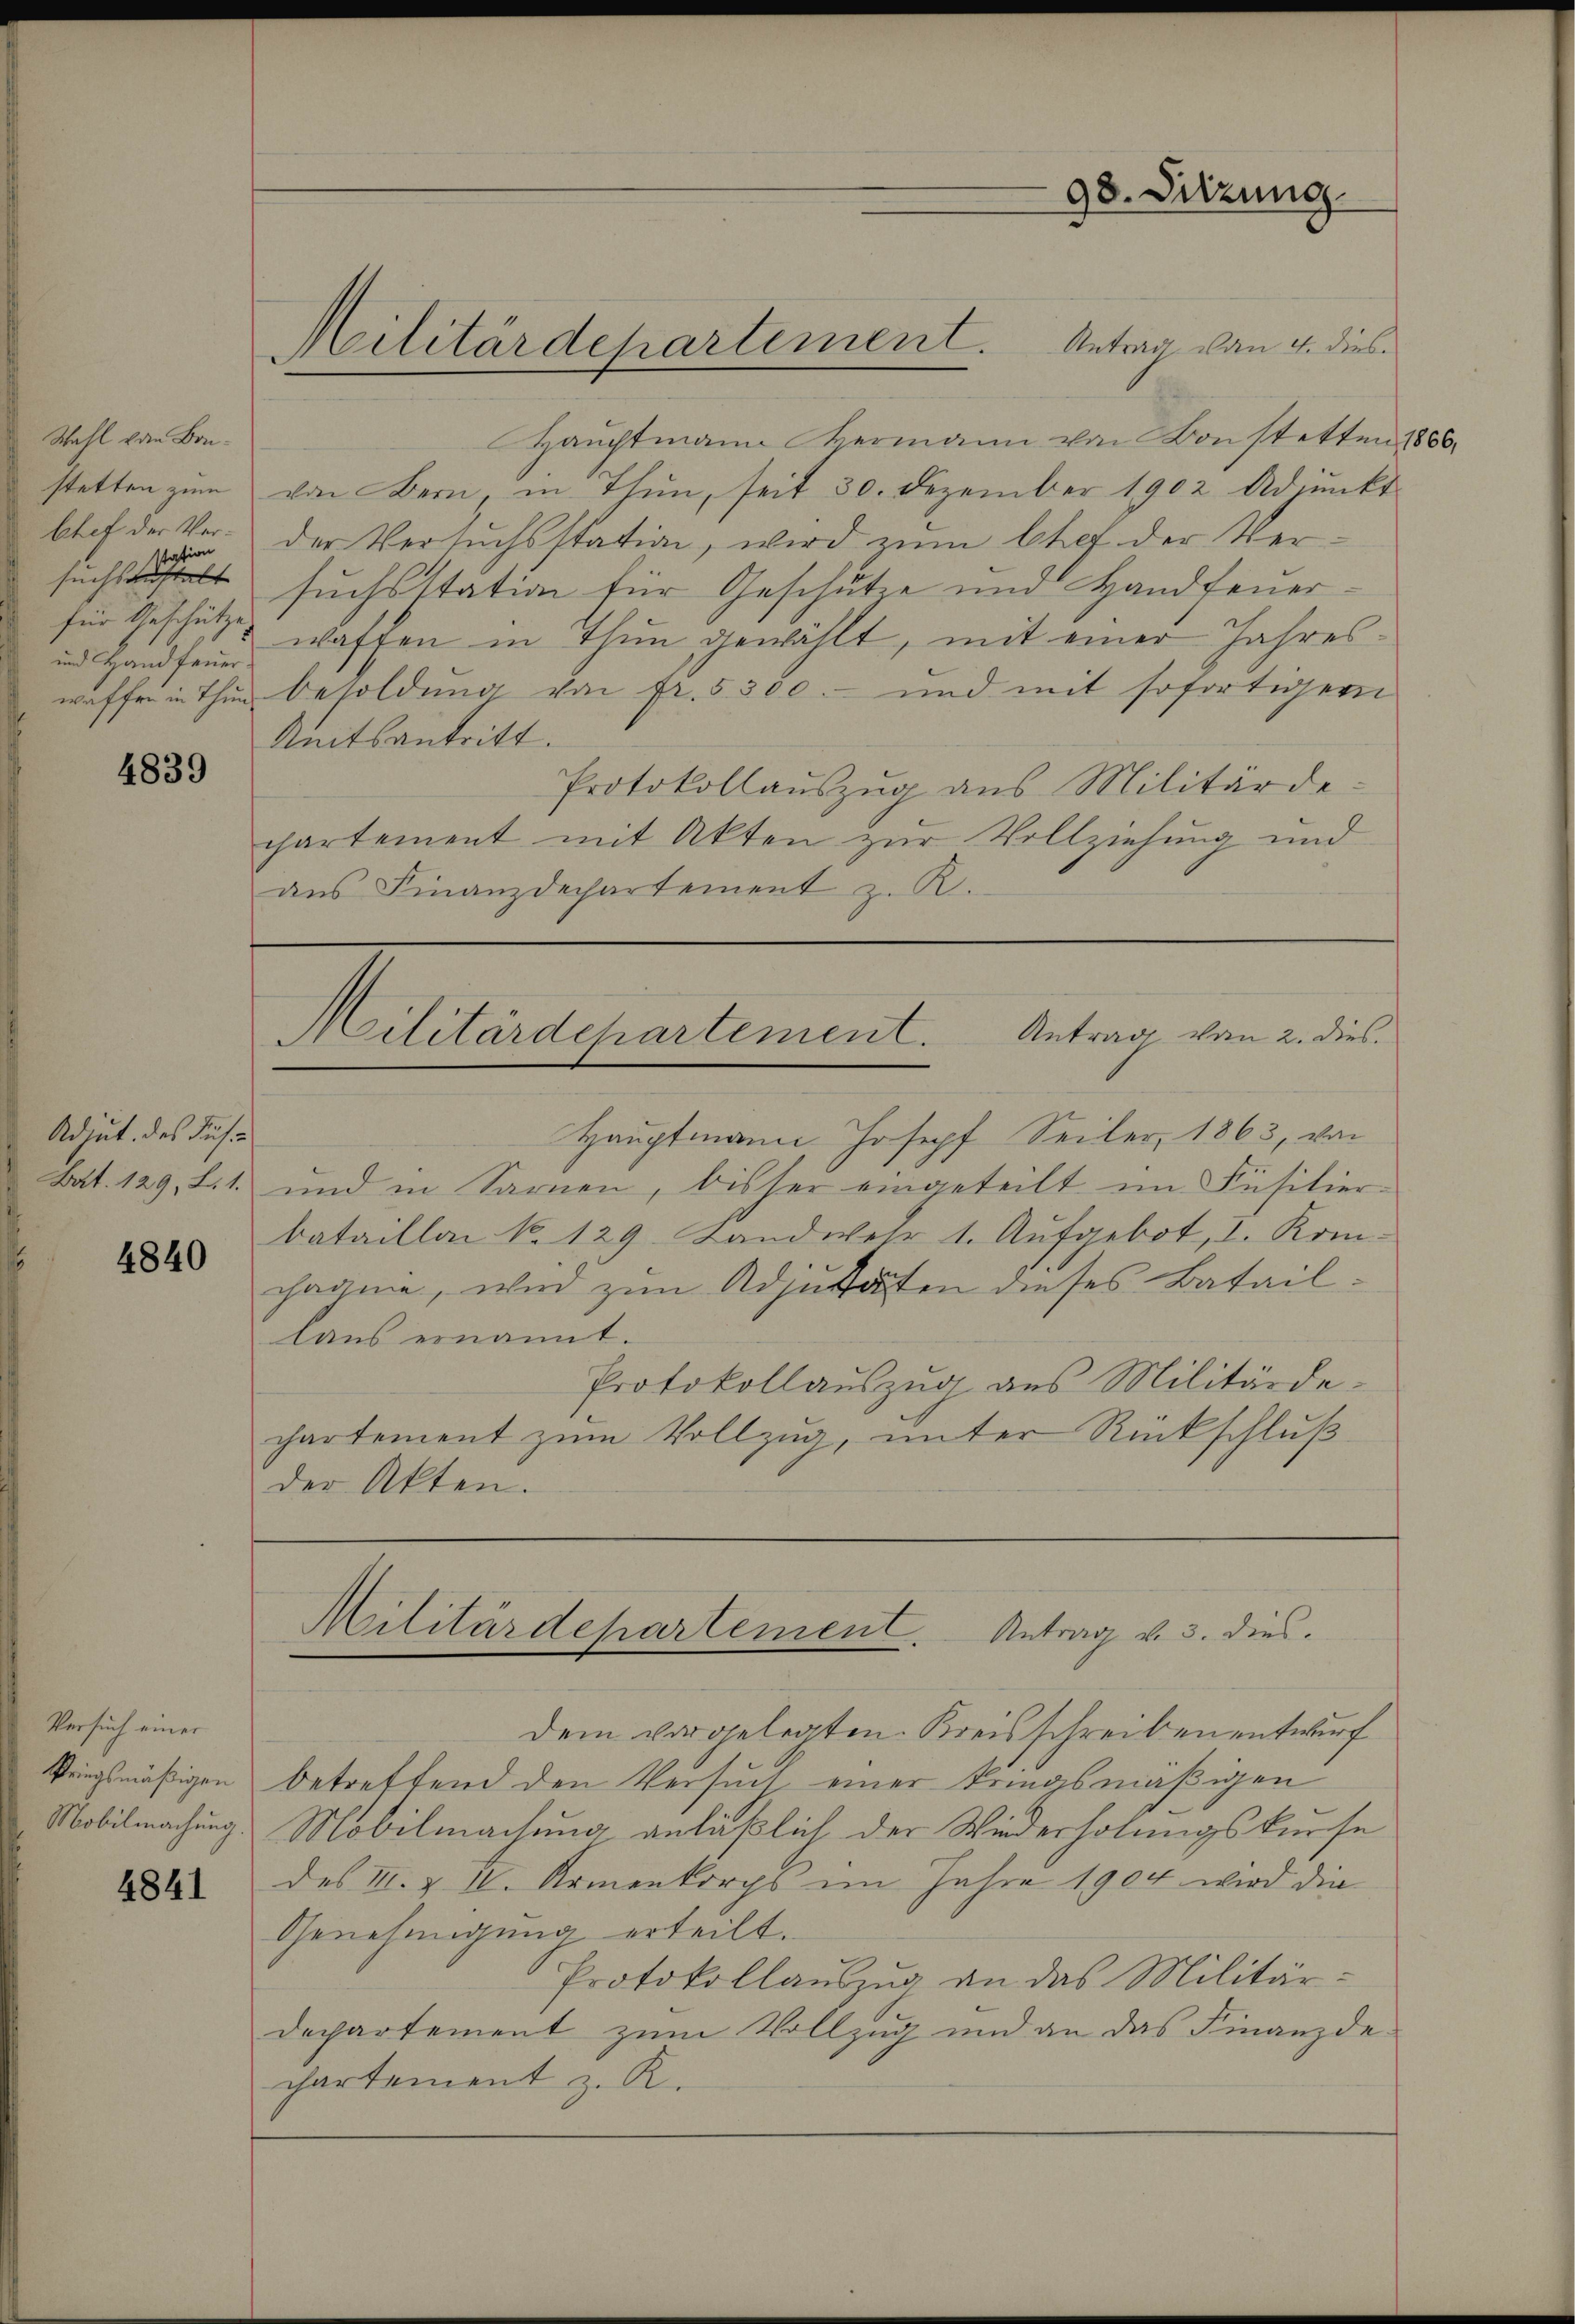
Wahl von Bonstetten zum
station
suchs auftalt
für Geschütze
und Hand feuer.

4839

Adjut. des Füh¬
Bat. 129, L. 1.

4840

Versuch einer
kriegsmäßigen
Mobilmachung.

4841

Hauptmann Hermann von Bonstetten 1850.
von Bern, in Thun, seit 30. Dezember 1902 Adjunkt
blief der Ver- der Versuchsstation, wird zum Chef der Versuchsstation für Geschütze und Handfeuerwassen in thun gewählt, mit einer Jahreswaffe in Thun besoldung von fr. 5300.- und mit sofortiger
Reitsantritt.
Protokollauszug aus Militärde-
chartement mit Akten zur Vollziehung und
ans Finanzdechartement z. R.

Hauptmann Joseph Seiter, 1863, von
und in Sarnen, bisher eingeteilt im Füsilier-
bataillon N. 129. Landwehr 1. Aŭfgebot, I. Kom-
chagne, wird zum Adjutäten dieses Bataillaus ernannt.
Protokollauszug aus Militärdechartement zŭm Vollzug, unter Rückschluß
der Akten.

Militärdepartement. Antrag von 4. dies

98. Sitzung.

Militärdepartement. Antrag von 2. dies

dem vorgelegten Kreisschreiben entwurf
betreffend den Versuch, einer kriegsmäßigen
Mobilmachung anläßlich der Wiederholungskurse
des III. & II. Armenkorps im Jahre 1904 wird die
Genehmigung erteilt.
Protokollauszug an das Militär-
Departement zum Vollzug und an das Finanzdechartement z. R.

Militärdepartement. Antrag v. 3. dies.